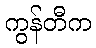
ကွန်တီက